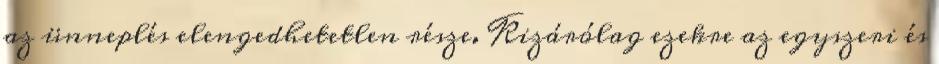
az ünneplés elengedhetetlen része. Kizárólag ezekre az egyszeri és